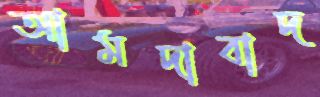
আমদাবাদ